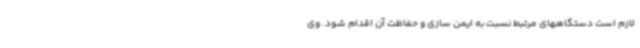
لازم است دستگاههای مرتبط نسبت به ایمن سازی و حفاظت آن اقدام شود. وی